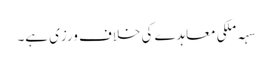
سہہ ملکی معاہدے کی خلاف ورزی ہے۔